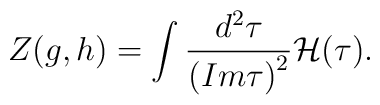
Z(g,h) = \int \frac{{d}^{2} \tau}{{(Im \tau)}^{2}} {\cal H}(\tau).